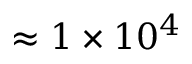
\approx 1 \times 1 0 ^ { 4 }